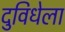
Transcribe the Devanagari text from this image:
दुविधेला